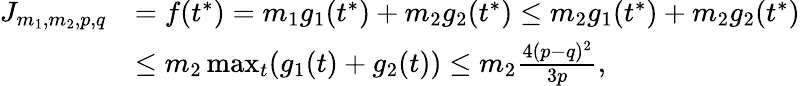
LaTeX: \begin{array}{rl}{J_{m_{1},m_{2},p,q}}&{=f(t^{*})=m_{1}g_{1}(t^{*})+m_{2}g_{2}(t^{*})\leq m_{2}g_{1}(t^{*})+m_{2}g_{2}(t^{*})}\\ &{\leq m_{2}\operatorname*{max}_{t}(g_{1}(t)+g_{2}(t))\leq m_{2}\frac{4(p-q)^{2}}{3p},}\end{array}